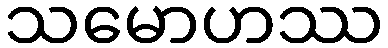
သမောဟဿ